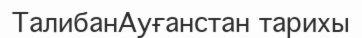
ТалибанАуғанстан тарихы